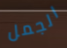
الجمل